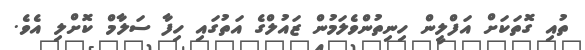
ތުއި ގޮތަކަށް އަފްލީން ހިނިތުންވެލަމުން ޒައުލްގެ އަތުގައި ހިފާ ސަލާމް ކޮށްލި އެވެ.